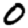
Digit: 0